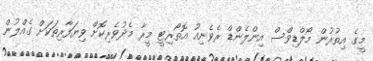
މީގެ އިތުރުން މޯލްޑިވްސް އިންލެންޑް ރެވެނިއު އޮތޯރިޓީ މީރާ މެދުވެރިކޮށް ވިޔަފާރިތަކަށް ގެއްލުން